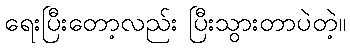
ရေးပြီးတော့လည်း ပြီးသွားတာပဲတဲ့။